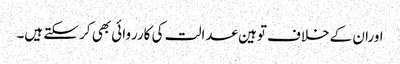
اوران کے خلاف توہین عدالت کی کارروائی بھی کر سکتے ہیں۔